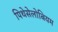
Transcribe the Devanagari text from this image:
पिथेसेलोबियम